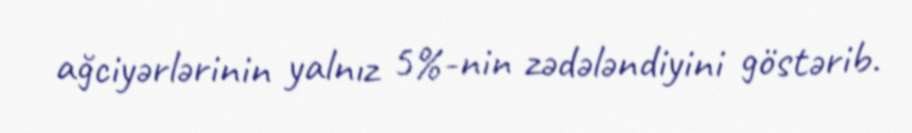
ağciyərlərinin yalnız 5%-nin zədələndiyini göstərib.